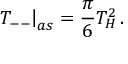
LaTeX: \left. T _ { -- } \right| _ { a s } = \frac { \pi } { 6 } T _ { H } ^ { 2 } \, .